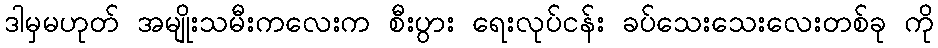
ဒါမှမဟုတ် အမျိုးသမီးကလေးက စီးပွား ရေးလုပ်ငန်း ခပ်သေးသေးလေးတစ်ခု ကို